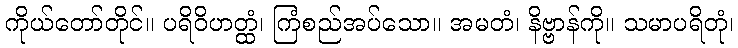
ကိုယ်တော်တိုင်။ ပရိဝိဟတ္ထံ၊ ကြံစည်အပ်သော။ အမတံ၊ နိဗ္ဗာန်ကို။ သမာပရိတုံ၊